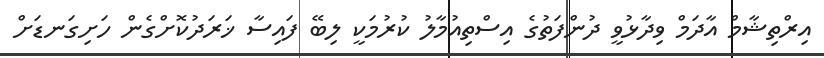
އިރްތިޝާމް އާދަމް ވިދާޅުވީ ދުންފަތުގެ އިސްތިއުމާލު ކުރުމަކީ ލިބޭ ފައިސާ ޚަރަދުކޮށްގެން ހަށިގަނޑަށް